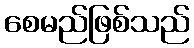
စေမည်ဖြစ်သည်